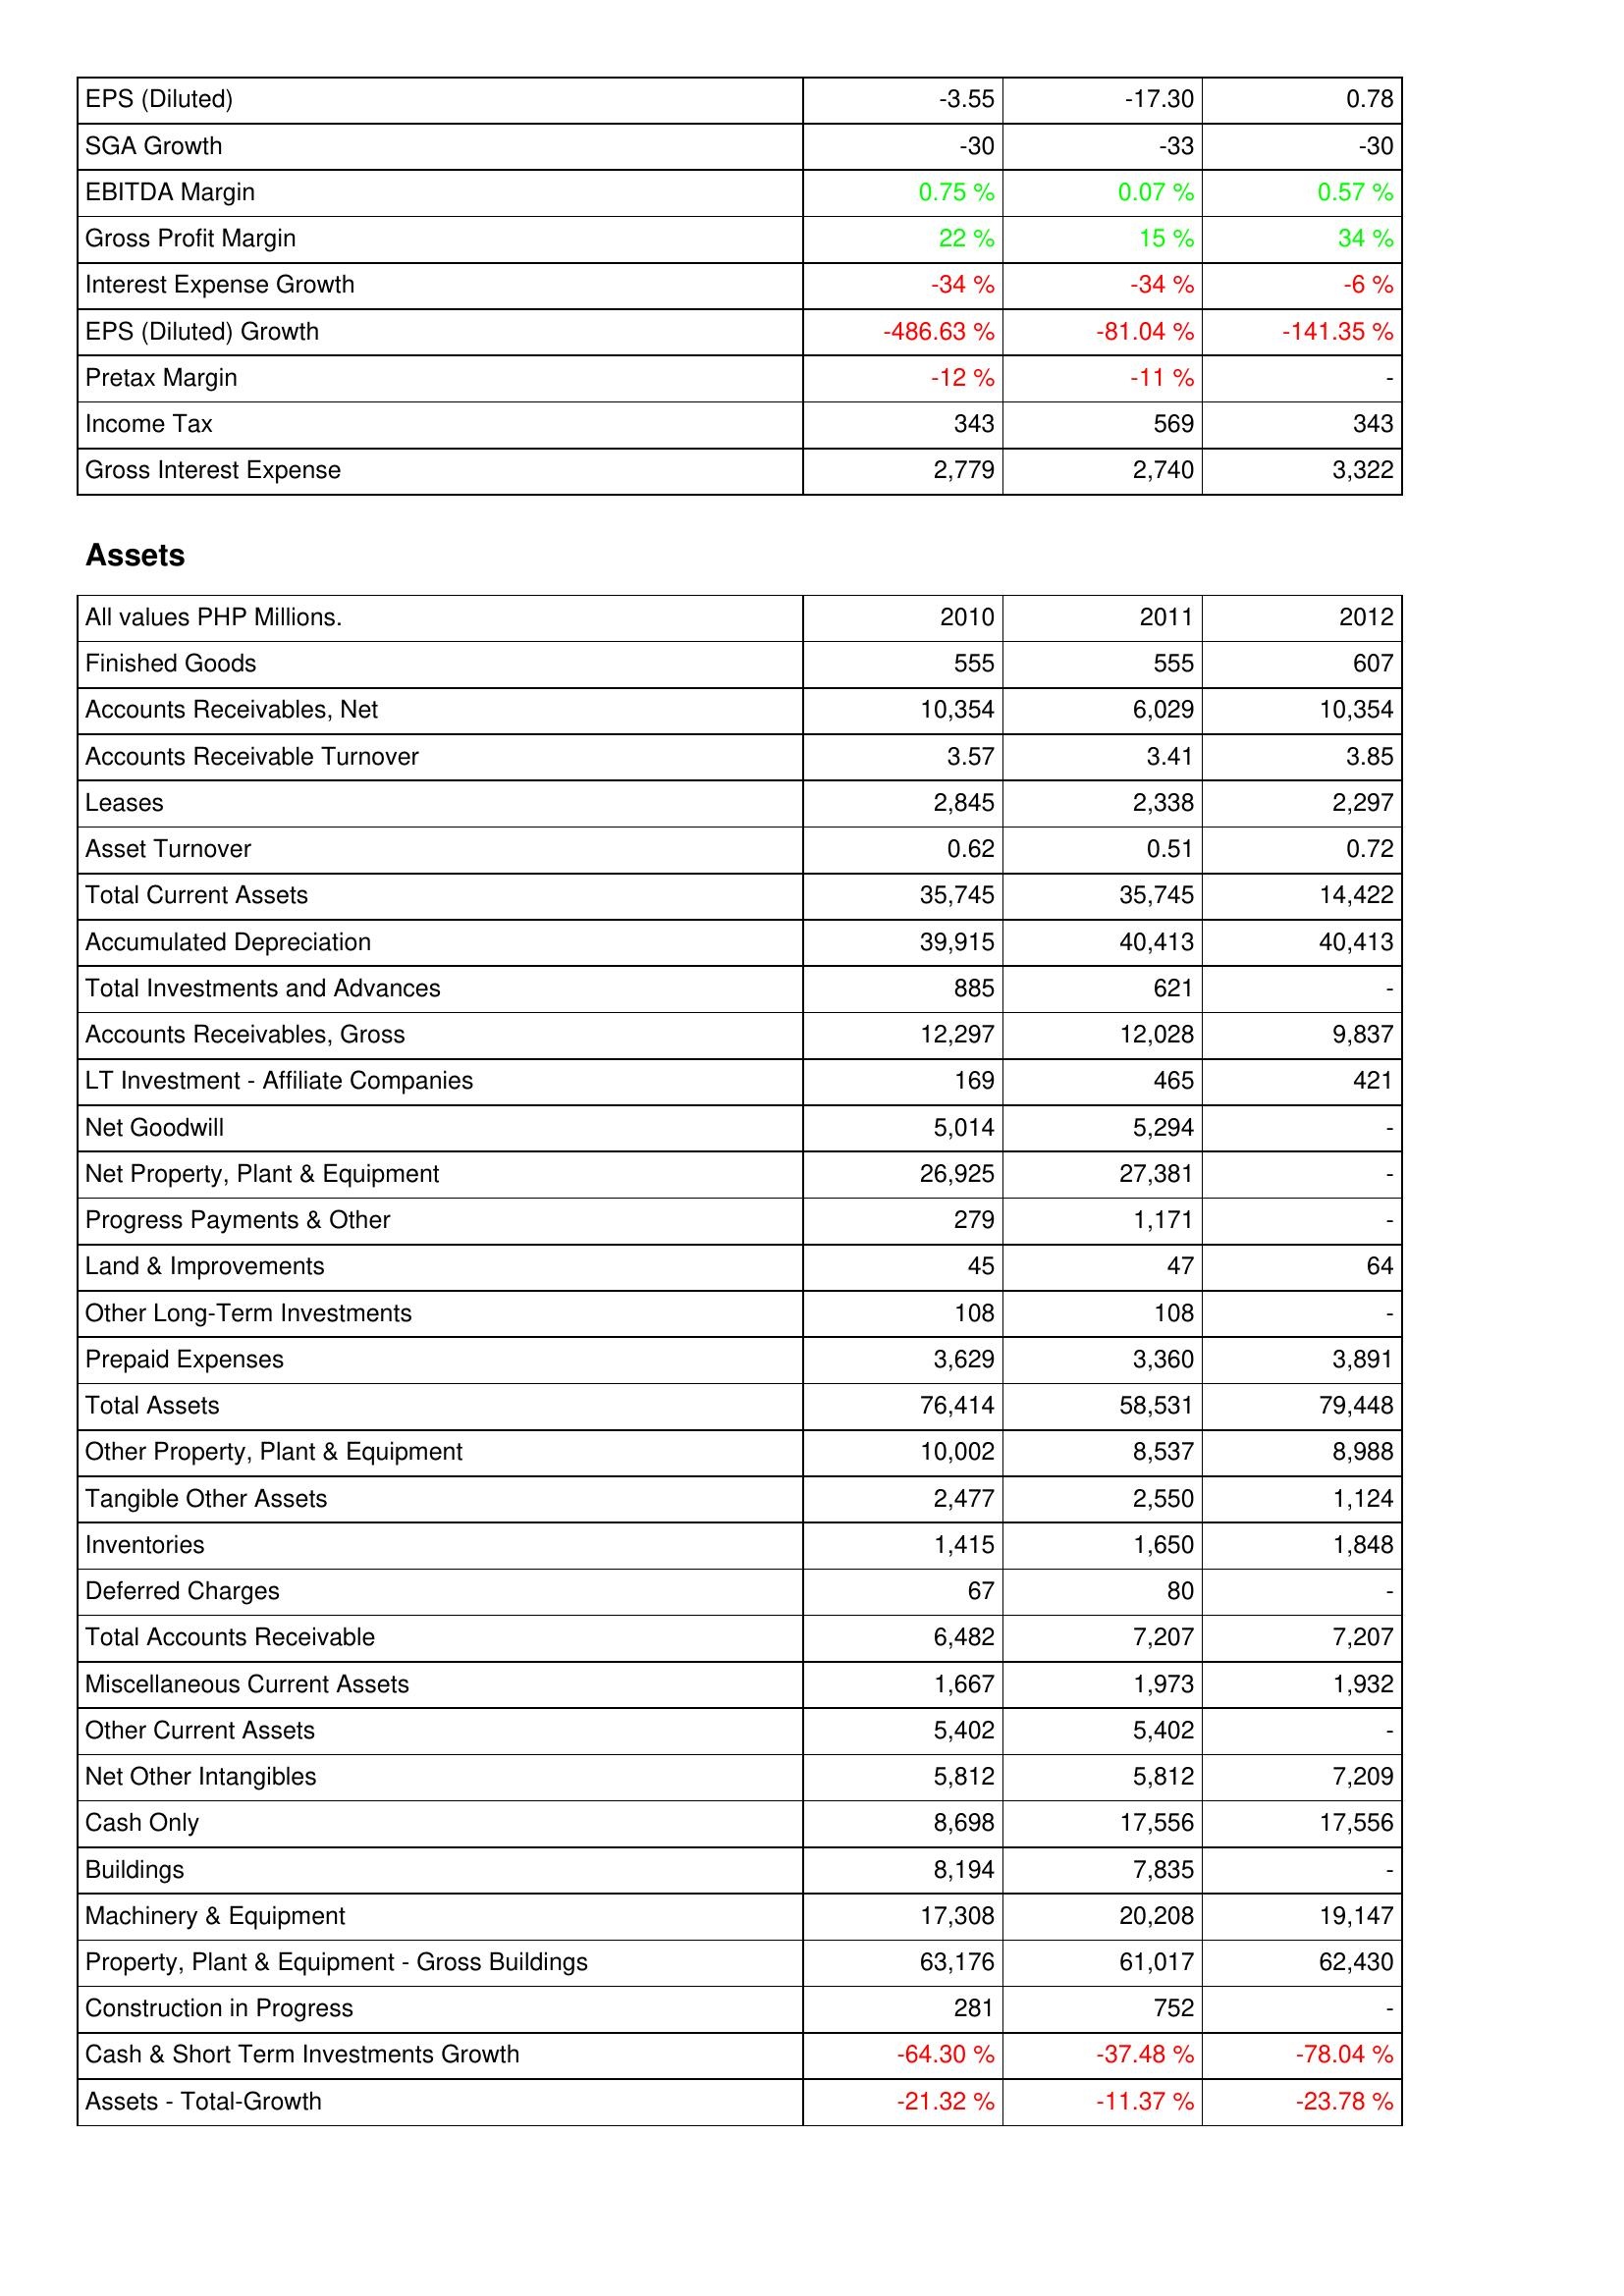
2010: Income Statement: EPS (Diluted): -3.55
SGA Growth: -30
EBITDA Margin: 0.75 %
Gross Profit Margin: 22 %
Interest Expense Growth: -34 %
EPS (Diluted) Growth: -486.63 %
Pretax Margin: -12 %
Income Tax: 343
Gross Interest Expense: 2,779
Assets: Finished Goods: 555
Accounts Receivables, Net: 10,354
Accounts Receivable Turnover: 3.57
Leases: 2,845
Asset Turnover: 0.62
Total Current Assets: 35,745
Accumulated Depreciation: 39,915
Total Investments and Advances: 885
Accounts Receivables, Gross: 12,297
LT Investment - Affiliate Companies: 169
Net Goodwill: 5,014
Net Property, Plant & Equipment: 26,925
Progress Payments & Other: 279
Land & Improvements: 45
Other Long-Term Investments: 108
Prepaid Expenses: 3,629
Total Assets: 76,414
Other Property, Plant & Equipment: 10,002
Tangible Other Assets: 2,477
Inventories: 1,415
Deferred Charges: 67
Total Accounts Receivable: 6,482
Miscellaneous Current Assets: 1,667
Other Current Assets: 5,402
Net Other Intangibles: 5,812
Cash Only: 8,698
Buildings: 8,194
Machinery & Equipment: 17,308
Property, Plant & Equipment - Gross Buildings: 63,176
Construction in Progress: 281
Cash & Short Term Investments Growth: -64.30 %
Assets - Total-Growth: -21.32 %
2011: Income Statement: EPS (Diluted): -17.30
SGA Growth: -33
EBITDA Margin: 0.07 %
Gross Profit Margin: 15 %
Interest Expense Growth: -34 %
EPS (Diluted) Growth: -81.04 %
Pretax Margin: -11 %
Income Tax: 569
Gross Interest Expense: 2,740
Assets: Finished Goods: 555
Accounts Receivables, Net: 6,029
Accounts Receivable Turnover: 3.41
Leases: 2,338
Asset Turnover: 0.51
Total Current Assets: 35,745
Accumulated Depreciation: 40,413
Total Investments and Advances: 621
Accounts Receivables, Gross: 12,028
LT Investment - Affiliate Companies: 465
Net Goodwill: 5,294
Net Property, Plant & Equipment: 27,381
Progress Payments & Other: 1,171
Land & Improvements: 47
Other Long-Term Investments: 108
Prepaid Expenses: 3,360
Total Assets: 58,531
Other Property, Plant & Equipment: 8,537
Tangible Other Assets: 2,550
Inventories: 1,650
Deferred Charges: 80
Total Accounts Receivable: 7,207
Miscellaneous Current Assets: 1,973
Other Current Assets: 5,402
Net Other Intangibles: 5,812
Cash Only: 17,556
Buildings: 7,835
Machinery & Equipment: 20,208
Property, Plant & Equipment - Gross Buildings: 61,017
Construction in Progress: 752
Cash & Short Term Investments Growth: -37.48 %
Assets - Total-Growth: -11.37 %
2012: Income Statement: EPS (Diluted): 0.78
SGA Growth: -30
EBITDA Margin: 0.57 %
Gross Profit Margin: 34 %
Interest Expense Growth: -6 %
EPS (Diluted) Growth: -141.35 %
Pretax Margin: -
Income Tax: 343
Gross Interest Expense: 3,322
Assets: Finished Goods: 607
Accounts Receivables, Net: 10,354
Accounts Receivable Turnover: 3.85
Leases: 2,297
Asset Turnover: 0.72
Total Current Assets: 14,422
Accumulated Depreciation: 40,413
Total Investments and Advances: -
Accounts Receivables, Gross: 9,837
LT Investment - Affiliate Companies: 421
Net Goodwill: -
Net Property, Plant & Equipment: -
Progress Payments & Other: -
Land & Improvements: 64
Other Long-Term Investments: -
Prepaid Expenses: 3,891
Total Assets: 79,448
Other Property, Plant & Equipment: 8,988
Tangible Other Assets: 1,124
Inventories: 1,848
Deferred Charges: -
Total Accounts Receivable: 7,207
Miscellaneous Current Assets: 1,932
Other Current Assets: -
Net Other Intangibles: 7,209
Cash Only: 17,556
Buildings: -
Machinery & Equipment: 19,147
Property, Plant & Equipment - Gross Buildings: 62,430
Construction in Progress: -
Cash & Short Term Investments Growth: -78.04 %
Assets - Total-Growth: -23.78 %